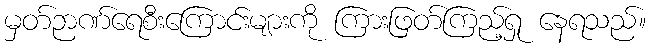
မှတ်ဉာဏ်ရေစီးကြောင်းများကို ကြားဖြတ်ကြည့်ရှု နေရသည်။